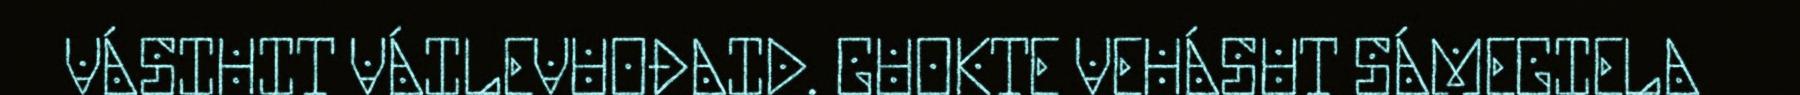
VÁSIHIT VÁILEVUOĐAID. GUOKTE VEHÁSUT SÁMEGIELA